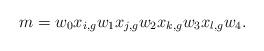
LaTeX: \begin{align*}m=w_0x_{i,g}w_1x_{j,g}w_2x_{k,g}w_3x_{l,g}w_4.\end{align*}